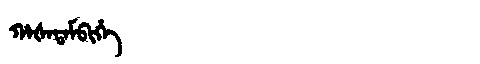
Manchu: ᡥᠠᡧᠠᡨᠠᠮᠪᡳᡥᡝ
Romanization: HAŠATAMBIHE